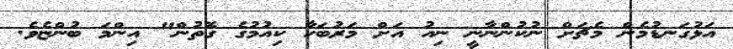
އަޅުގަނޑުމެން މެޗަށް ނުކުންނާނީ ނިއު އަށް މަރުބަހާ ކިއުމުގެ ގޮތުން" އިންމަ ބުންޏެވެ.